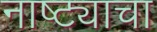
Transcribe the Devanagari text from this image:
नाष्ट्याचा